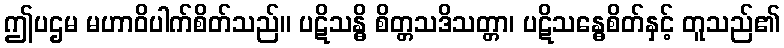
ဤပဌမ မဟာဝိပါက်စိတ်သည်။ ပဋိသန္ဓိ စိတ္တသဒိသတ္တာ၊ ပဋိသန္ဓေစိတ်နှင့် တူသည်၏